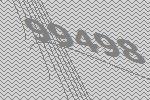
99498